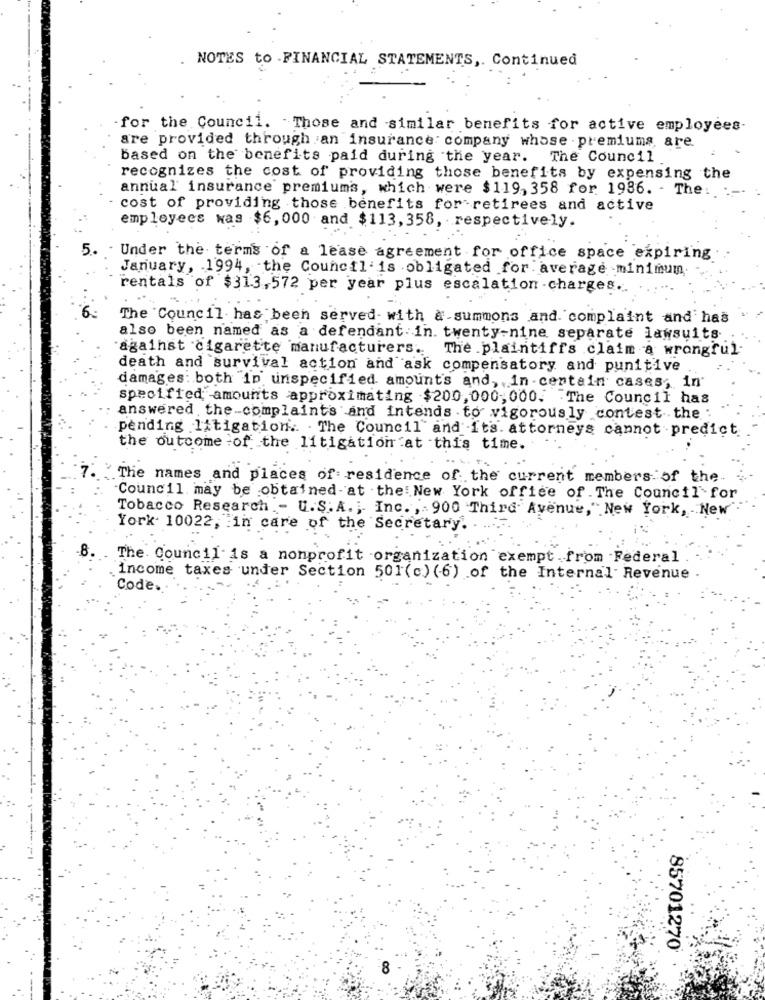
NOTES to .FINANCIAL STATEMENTS ,. Continued
for the Council. Those and similar benefits for active employees-
are provided through an insurance company whose . premiums, are
based on the benefits paid during the year. The Council
recognizes the cost of providing those benefits by expensing the
annual insurance premiums, which were $119, 358 for 1986. - The :
cost of providing those benefits for retirees and active
employees was $6, 000 and $113, 358, respectively.
5. . Under the terms of a lease agreement for office space expiring
January, 1994, the Council is obligated for average minimum.
rentals of $313,572 per year plus escalation -charges.
The Council has been served- with a summons and. complaint and has
also been named as a defendant in. twenty-nine separate lawsuits
against cigarette manufacturers. The plaintiffs claim a wrongful
death and survival action and ask compensatory and punitive
damages: both in unspecified amount's and, in centain cases, in
specified amounts approximating $200, 000,000. The Council has
answered the-complaints and intends . to vigorously contestthe .
pending litigation .. . The Council and It's. attorneys cannot predict
the outcome of the litigation at this time.
The names and places of: residence of the current members of the.
"Council may be obtained at the New York office of The Council for
Tobacco Research - U.S.A. , Inc. , 900 Third Avenue,"New York, New
York- 10022, in care of the Secretary.
The Council- is a nonprofit organization exempt .from -Federal
income taxes under Section 501(c) (6) of the Internal Revenue
Code.
85701270